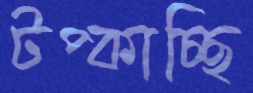
টপ্‌কাচ্ছি